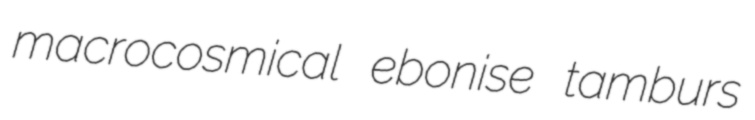
macrocosmical ebonise tamburs